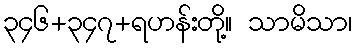
၃၄၆+၃၄၇+ရဟန်းတို့။ သာမိသာ၊